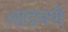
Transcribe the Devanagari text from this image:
आदमणे